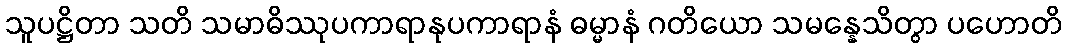
သူပဋ္ဌိတာ သတိ သမာဓိဿုပကာရာနုပကာရာနံ ဓမ္မာနံ ဂတိယော သမန္နေသိတွာ ပဟောတိ